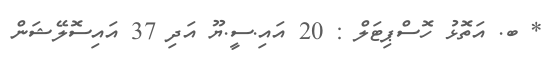
* ބ. އަތޮޅު ހޮސްޕިޓަލް : 20 އައި.ސީ.ޔޫ އަދި 37 އައިސޮލޭޝަން